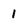
Character: 1